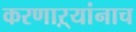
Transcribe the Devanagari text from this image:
करणाऱ्यांनाच